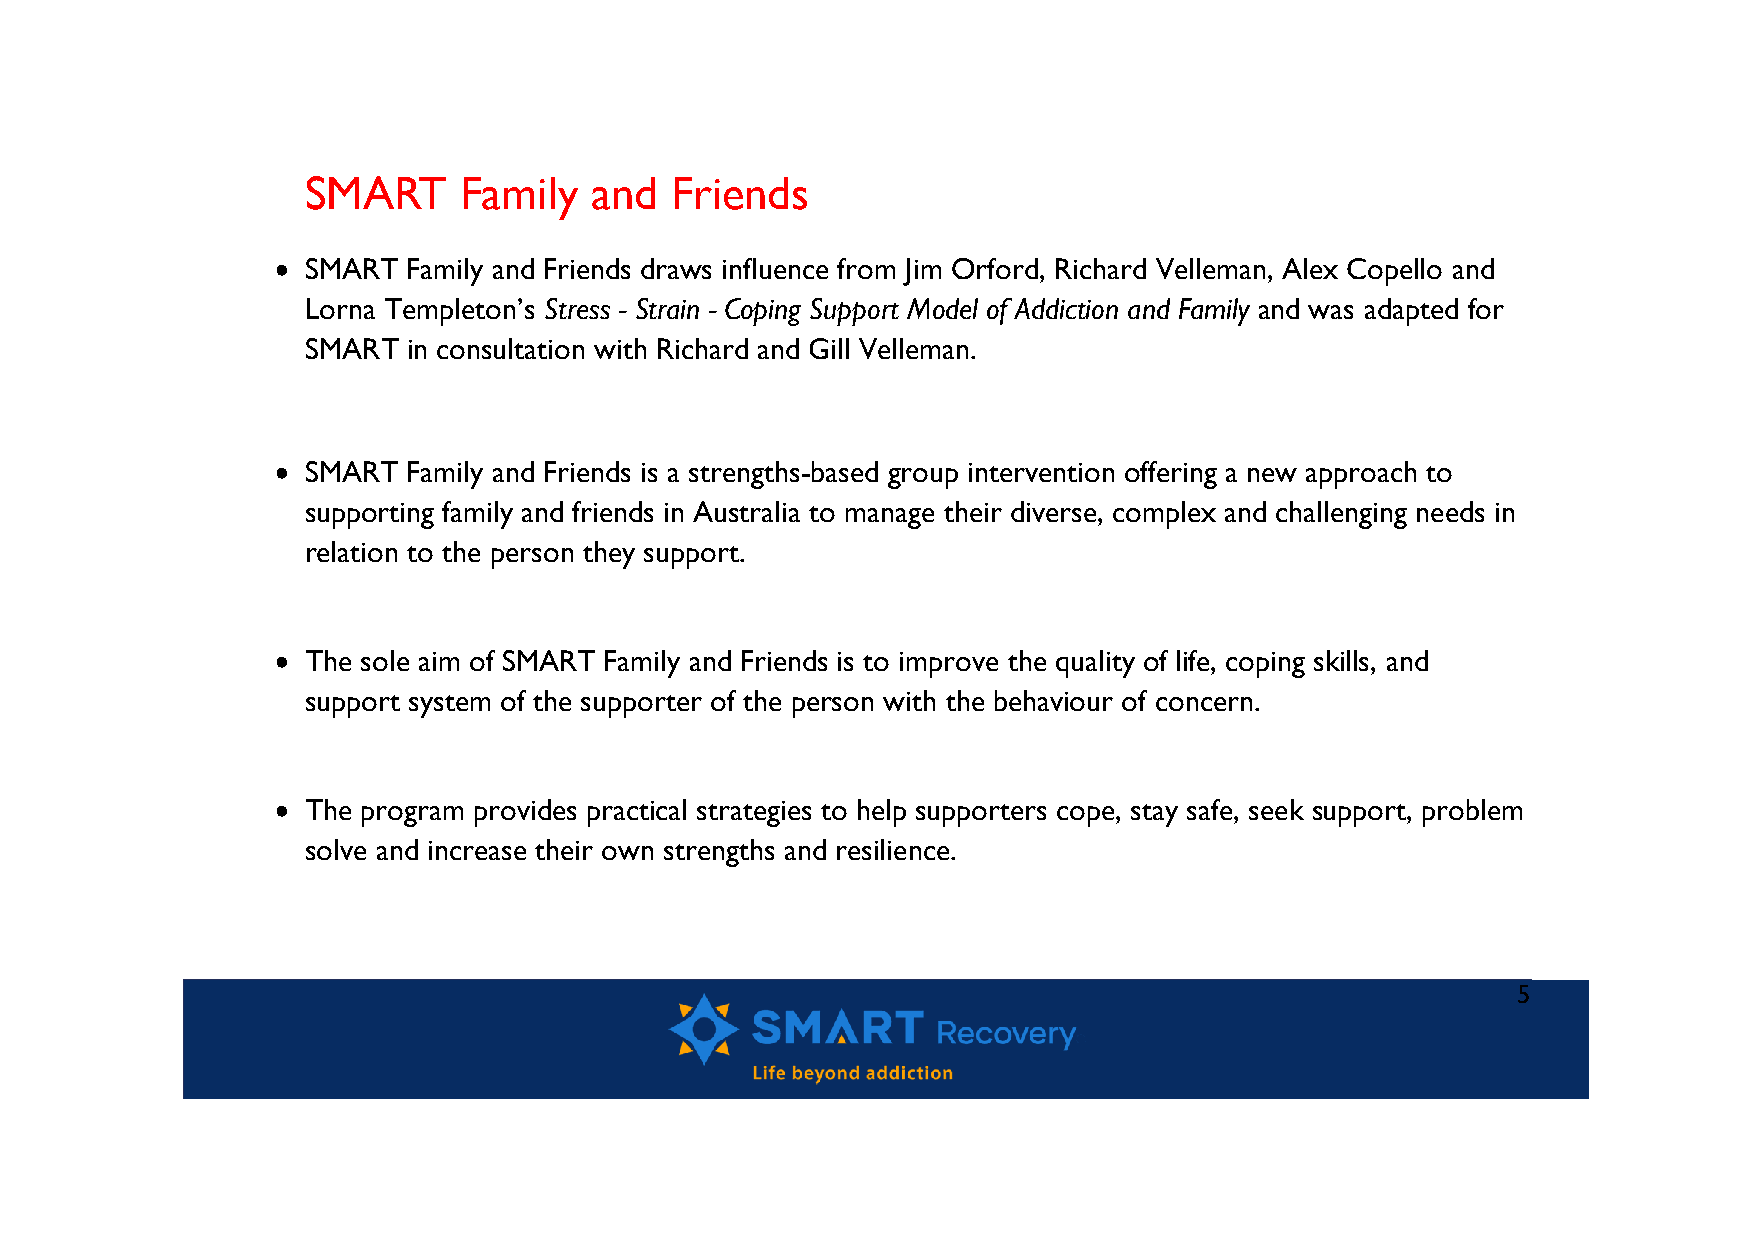
SMART     Family   and  Friends
 • SMART  Family and Friends draws influence from Jim Orford, Richard Velleman, Alex Copello and
 Lorna Templeton’s Stress - Strain - Coping Support Model of Addiction and Family and was adapted for
 SMART  in consultation with Richard and Gill Velleman.
 • SMART  Family and Friends is a strengths-based group intervention offering a new approach to
 supporting family and friends in Australia to manage their diverse, complex and challenging needs in
 relation to the person they support.
 • The sole aim of SMART Family and Friends is to improve the quality of life, coping skills, and
 support system of the supporter of the person with the behaviour of concern.
 • The program provides practical strategies to help supporters cope, stay safe, seek support, problem
 solve and increase their own strengths and resilience.
 5